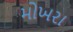
મોખરા